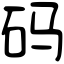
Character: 码